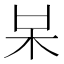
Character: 𣏁